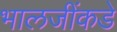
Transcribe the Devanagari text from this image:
भालजींकडे